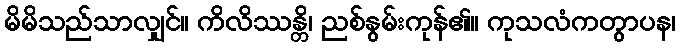
မိမိသည်သာလျှင်။ ကိလိဿန္တိ၊ ညစ်နွမ်းကုန်၏။ ကုသလံကတွာပန၊